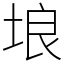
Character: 埌